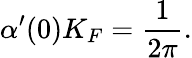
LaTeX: \alpha^{\prime}(0)K_{F}=\frac{1}{2\pi}.